Report of the Indian Hemp Drugs Commission, 1894-1895 - Volume VI
Year: 1894
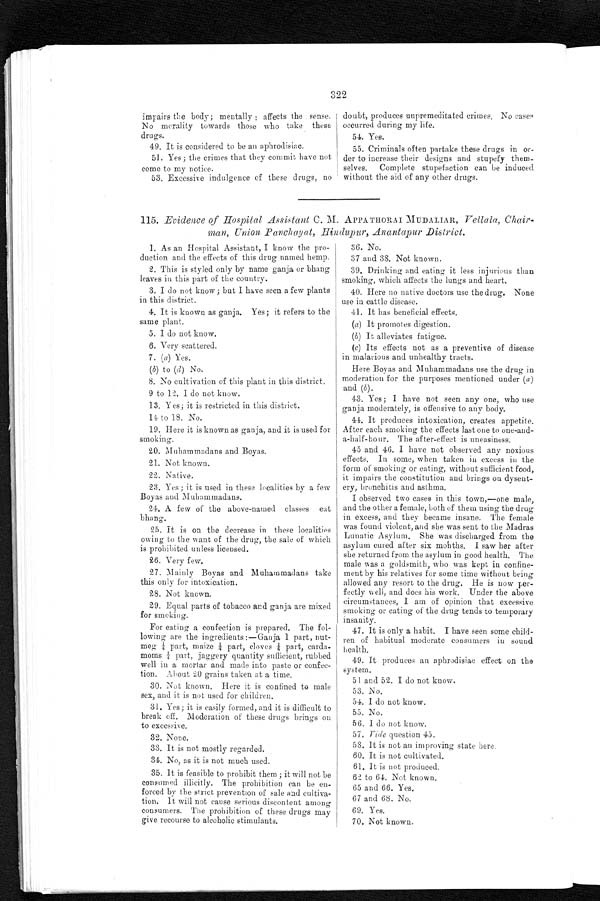
322
impairs the body; mentally : affects the sense.
No morality towards those who take these
drugs.
49. It is considered to be an aphrodisiac.
51. Yes ; the crimes that they commit have not
come to my notice.
53. Excessive indulgence of these drugs, no
doubt, produces unpremeditated crimes. No case
s occurred during my life.
54. Yes.
55. Criminals often partake these drugs in or--
der to increase their designs and stupefy them-
- s e l v e s . C o m p l e t e s t u p e f a c t i o n c a n b e i n d u c e d
without the aid of any other drugs.
115. Evidence of Hospital Assistant C. M. APPATHORAI MUDALIAR, Vellala, Chair-
man, Union Panchayat, Hindupur, Anantapur District.
1.. As an Hospital Assistant, I know the pro--
duction and the effects of this drug named hemp.
2. This is styled only by name ganja or bhang
leaves in this part of the country.
3. I do not know ; but I have seen a few plants
in this district.
4. It is known as ganja. Yes; it refers to the
same plant.
5. I do not know.
6. Very scattered.
7. (a) Yes.
(b) to (d ) No.
8. No cultivation of this plant in this district.
9 to 12, I do not know.
13. Yes; it is restricted in this district.
14 to 18. No.
19. Here it is known as ganja, and it is used for
smoking.
20. Muhammadans and Boyas.
21. Not known.
22. Native.
23. Yes ; it is used in these localities by a few
Boyas and Muhamamadans.
24. A few of the above-named classes eat
bhang.
25. It is on the decrease in these localities
owing to the want of the drug, the sale of which
is prohibited unless licensed.
2 6 . V e r y f e w .
27. Mainly Boyas and Muhammadans take
this only for intoxication.
28. Not known.
29. Equal parts of tobacco and ganja are mixed
for smoking.
For eating a confection is prepared. The fol--
lowing ore the ingredients:—Ganja 1 part, nut--
meg ¼ part , mai ze ¼part, cloves ¼ part, carda-
m o m s ¼ p a r t , j a g g e r y q u a n t i t y s u f f i c i e n t , r u b b e d
well in a mortar and made into paste or confec-
- t i o n . A b o u t 2 0 g r a i n s t a k e n a t a t i m e .
30. Not known. Here it is confined to male
sex, and it is not used for children.
31. Yes; it is easily formed, and it is difficult to
break off. Moderation of these drugs brings on
to excessive.
3 2 . N o n e .
3 3 . I t i s n o t m o s t l y r e g a r d e d .
3 4 . N o , a s i t i s n o t m u c h u s e d .
35. It is feasible to prohibit them ; it will not be
consumed illicitly. The prohibition can be en--
forced by the strict prevention of sale and cultiva-
tion. It will not cause serious discontent among
consumers. The prohibition of these drugs may
give recourse to alcoholic stimulants.
36. No.
37 and 38. Not known.
39. Drinking and eating it less injurious that
smoking, which affects the lungs and heart.
40. Here no native doctors use the drug. None
use in cattle disease.
41. It has beneficial effects.
(a) It promotes digestion.
(b) It alleviates fatigue.
(c) Its effects not as a preventive of disease
in malarious and unhealthy tracts.
Here Boyas and Muhammadans use the drug in
moderation for the purposes mentioned under ( a )
and (b).
43. Yes; I have not seen any one, who
use ganja moderately, is offensive to any body.
44. It produces intoxication, creates appetite.
After each smoking the effects last one to one-an
d - a - h a l f - h o u r . T h e a f t e r - e f f e c t i s u n e a s i n e s s .
45 and 46. I have not observed any noxious
effects. In some, when taken in excess in
the form of smoking or eating, without sufficient food,
it impairs the constitution and brings on dysent
-ery, bronchitis and asthma.
I observed two cases in this town,—one male,
and the other a female, both of them using the drug
in excess, and they became insane. The female
was found violent, and she was sent to the Madras
Lunatic Asylum. She was discharged from the
asylum cured after six months. I saw her after
she returned from the asylum in good health. The
male was a goldsmith, who was kept in confin-
ment by his relatives for some time without being
allowed any resort to the drug. He is now pe
r - f e c t l y w e l l , a n d d o e s h i s w o r k . U n d e r t h e a b o v e
circumstances, I am of opinion that excessive
smoking or eating of the drug tends to temporal
insanity.
47. It is only a habit. I have seen some chi
l d - r e n o f h a b i t u a l m o d e r a t e c o n s u m e r s i n s o u n d
health.
49. It produces an aphrodisiac effect on the
system.
51 and 52. I do not know.
5 3 . N o .
54. I do not know.
5 5 . N o .
56. I do not know.
57. Vide question 45.
58. it is not an improving state here.
60. It is not cultivated.
61. It is not produced.
62 to 64. Not known.
65 and 66. Yes.
67 and 68. No.
6 9 . Y e s .
70. Not known.